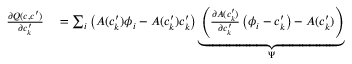
\begin{array} { r l } { \frac { \partial Q ( c , c ^ { \prime } ) } { \partial c _ { k } ^ { \prime } } } & { { } = \sum _ { i } \left( A ( c _ { k } ^ { \prime } ) \phi _ { i } - A ( c _ { k } ^ { \prime } ) c _ { k } ^ { \prime } \right) \underbrace { \left( \frac { \partial A ( c _ { k } ^ { \prime } ) } { \partial c _ { k } ^ { \prime } } \left( \phi _ { i } - c _ { k } ^ { \prime } \right) - A ( c _ { k } ^ { \prime } ) \right) } _ { \Psi } } \end{array}